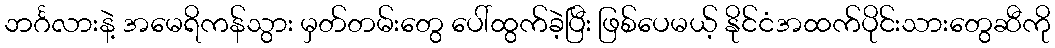
ဘင်္ဂလားနဲ့ အမေရိကန်သွား မှတ်တမ်းတွေ ပေါ်ထွက်ခဲ့ပြီး ဖြစ်ပေမယ့် နိုင်ငံအထက်ပိုင်းသားတွေဆီကို